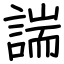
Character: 諯